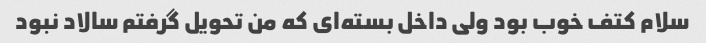
سلام کتف خوب بود ولی داخل بسته‌ای که من تحویل گرفتم سالاد نبود